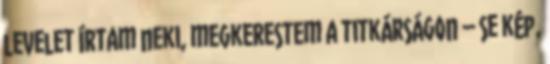
levelet írtam neki, megkerestem a titkárságon – se kép,